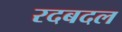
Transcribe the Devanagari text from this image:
रदबदल